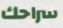
سراحك